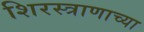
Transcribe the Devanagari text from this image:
शिरस्त्राणाच्या